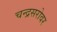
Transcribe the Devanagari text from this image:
चन्द्रसरोवर